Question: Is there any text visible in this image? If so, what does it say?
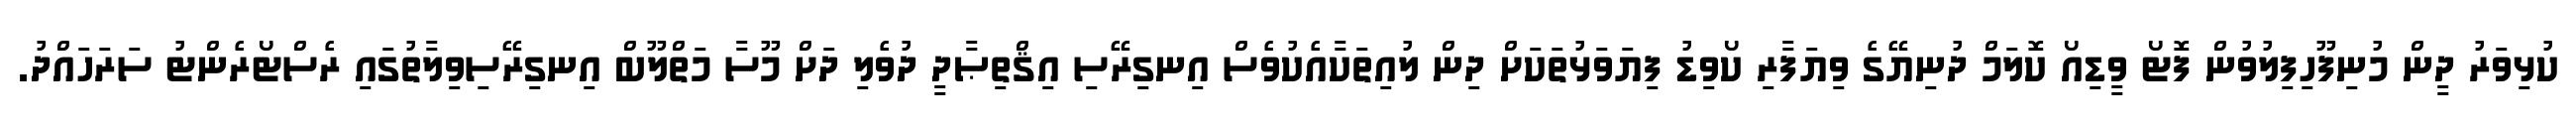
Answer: ކުޅިވަރު ދީން މުނިފޫހިފިލުވުން ފޮޓޯ ވީޑިއޯ ކޮލަމް ދުނިޔޭގެ ވިޔަފާރި ކޯވިޑު ފިޔަވަޅުތަކަށް ދިން ލުއިތަކާއެކުވެސް އިނގިރޭސި އިޤްތިޞާދީ ދުވެލި ދަށް މޫސާ މަތްލޫބް އިނގިރޭސިވިލާތުގައި ރެސްޓޯރެންޓު ސަރަހައްދު.